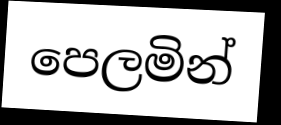
පෙලමින්